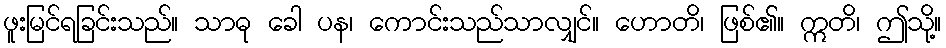
ဖူးမြင်ရခြင်းသည်။ သာဓု ခေါ ပန၊ ကောင်းသည်သာလျှင်။ ဟောတိ၊ ဖြစ်၏။ ဣတိ၊ ဤသို့။